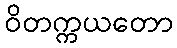
ဝိတက္ကယတော